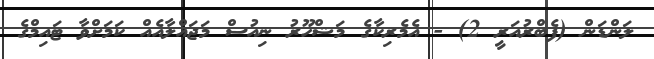
ލަންޑަން (ފެބްރުއަރީ 2) - އެމެރިކާގެ މަޝްހޫރު ނިއުސް މަޖައްލާއެއް ކަމަށްވާ ޓައިމްގެ